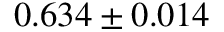
0 . 6 3 4 \pm 0 . 0 1 4